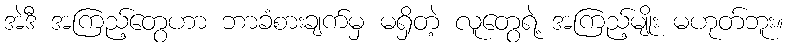
အဲဒီ အကြည့်တွေဟာ ဘာခံစားချက်မှ မရှိတဲ့ လူတွေရဲ့ အကြည့်မျိုး မဟုတ်ဘူး။